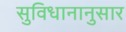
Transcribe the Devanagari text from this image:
सुविधानानुसार